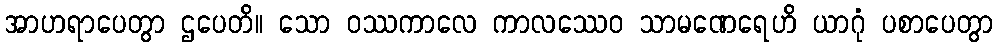
အာဟရာပေတွာ ဌပေတိ။ သော ဝဿကာလေ ကာလဿေဝ သာမဏေရေဟိ ယာဂုံ ပစာပေတွာ